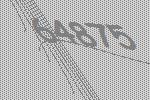
64875